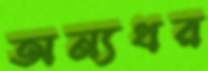
অন্যধর